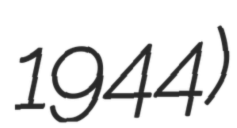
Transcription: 1944)